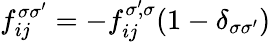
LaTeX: f_{ij}^{\sigma\sigma^{\prime}}=-f_{ij}^{\sigma^{\prime}\! ,\sigma}(1-\delta_{\sigma\sigma^{\prime}})